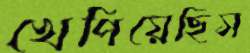
খেপিয়েছিস